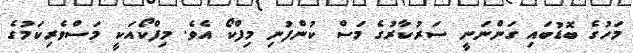
މަހުގެ ބޮޑުބައި ގަންނަނީ ސަރުކާރުގެ މަސް ކުންފުނި މިފްކޯ އެވެ. މިފްކޯއަކީ މަސްވެރިކަމުގެ